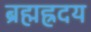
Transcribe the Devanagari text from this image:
ब्रह्मह्रदय